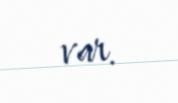
var.